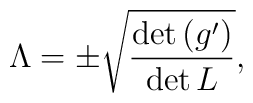
\Lambda = \pm  \sqrt{ \frac{\det \left(g' \right)}{\det L}} ,